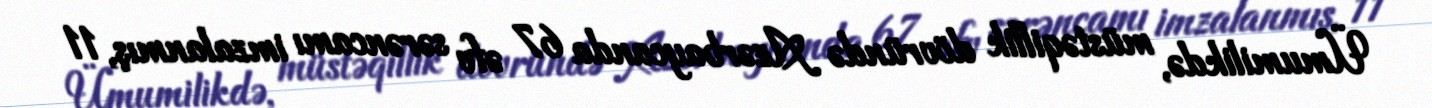
Ümumilikdə, müstəqillik dövründə Azərbaycanda 67 əfv sərəncamı imzalanmış, 11